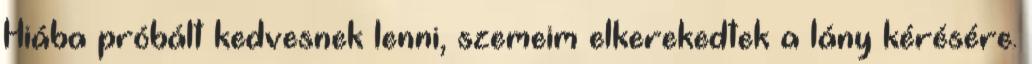
Hiába próbált kedvesnek lenni, szemeim elkerekedtek a lány kérésére.